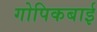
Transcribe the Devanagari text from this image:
गोपिकबाई